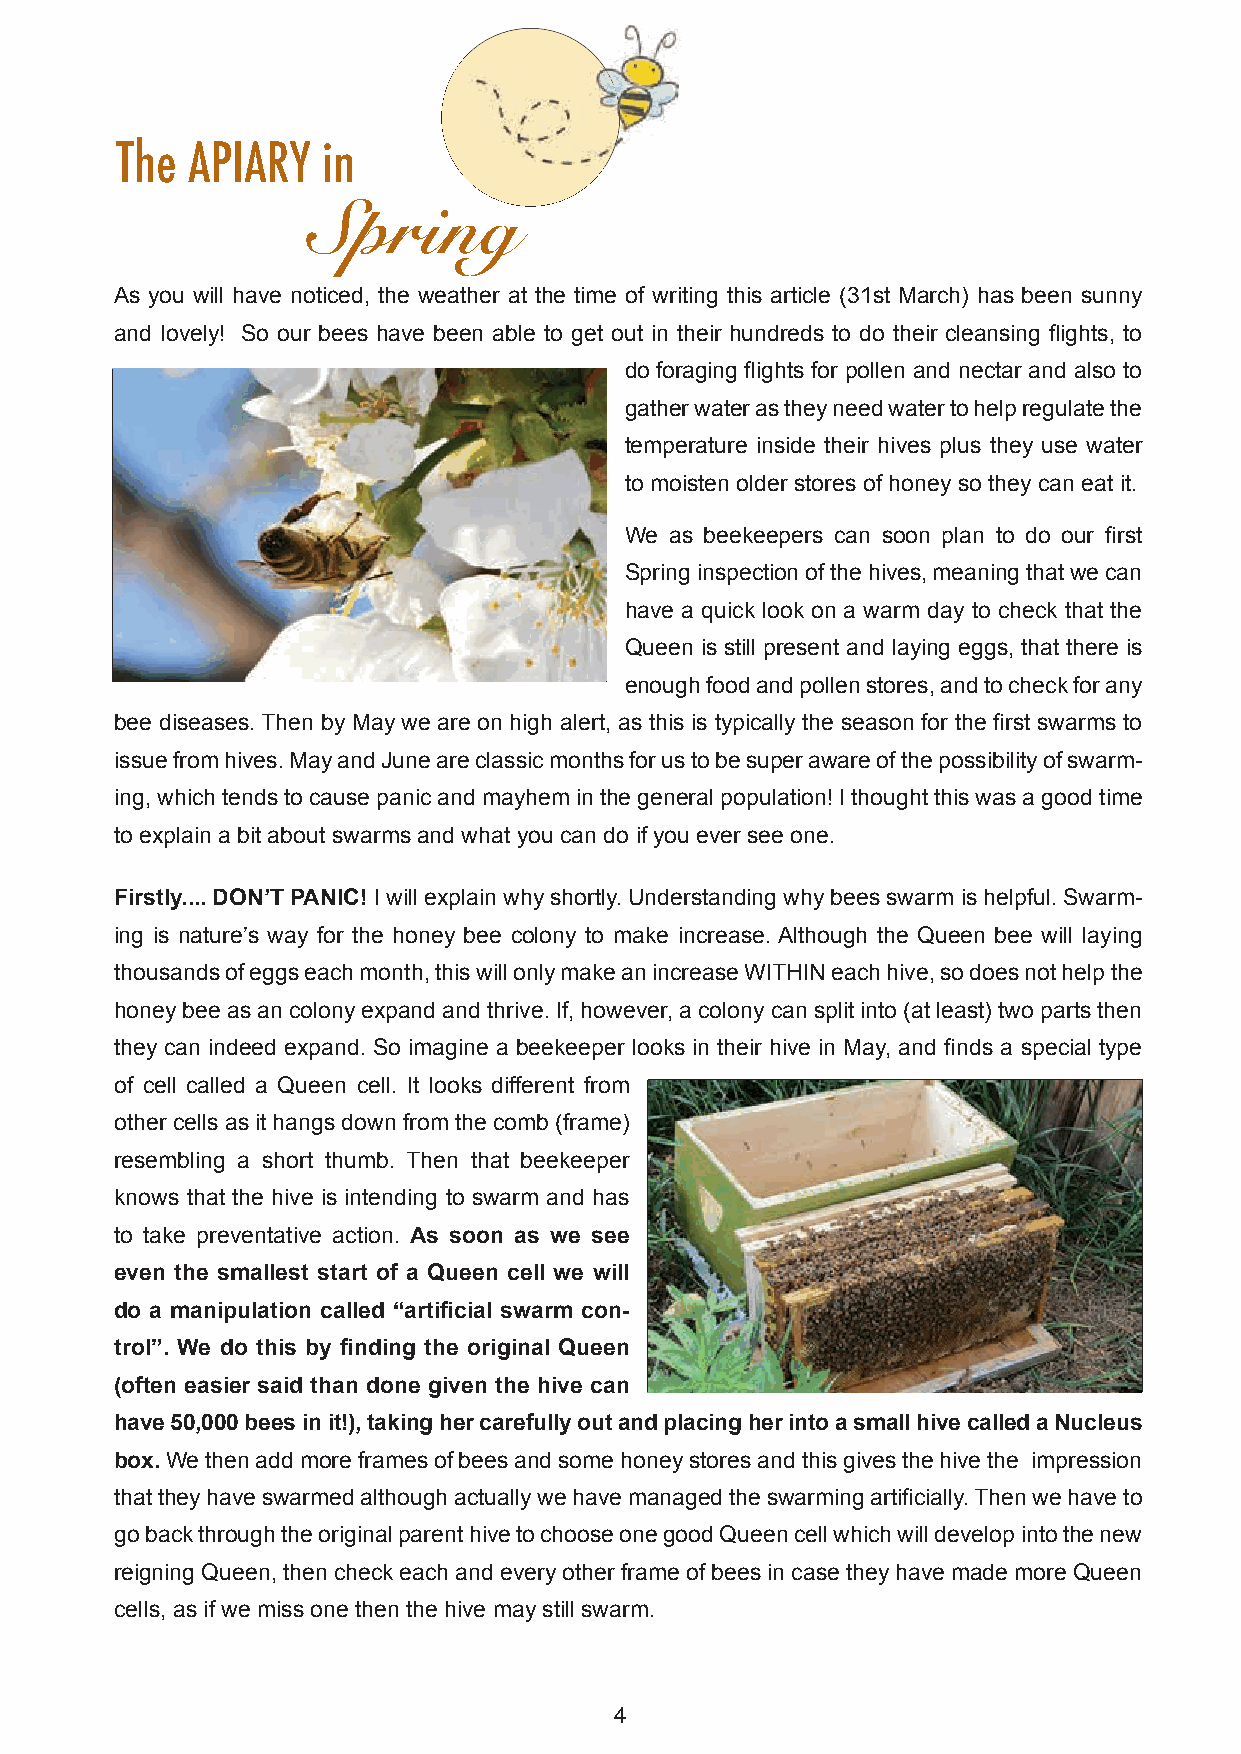
The APIARY   in
 Spring
 As you will have noticed, the weather at the time of writing this article (31st March) has been sunny
 and lovely! So our bees have been able to get out in their hundreds to do their cleansing fl ights, to
 do foraging fl ights for pollen and nectar and also to
 gather water as they need water to help regulate the
 temperature inside their hives plus they use water
 to moisten older stores of honey so they can eat it.
 We as beekeepers can soon plan to do our fi rst
 Spring inspection of the hives, meaning that we can
 have a quick look on a warm day to check that the
 Queen is still present and laying eggs, that there is
 enough food and pollen stores, and to check for any
 bee diseases. Then by May we are on high alert, as this is typically the season for the fi rst swarms to
 issue from hives. May and June are classic months for us to be super aware of the possibility of swarm-
 ing, which tends to cause panic and mayhem in the general population! I thought this was a good time
 to explain a bit about swarms and what you can do if you ever see one.
 Firstly.... DON’T PANIC! I will explain why shortly. Understanding why bees swarm is helpful. Swarm-
 ing is nature’s way for the honey bee colony to make increase. Although the Queen bee will laying
 thousands of eggs each month, this will only make an increase WITHIN each hive, so does not help the
 honey bee as an colony expand and thrive. If, however, a colony can split into (at least) two parts then
 they can indeed expand. So imagine a beekeeper looks in their hive in May, and fi nds a special type
 of cell called a Queen cell. It looks different from
 other cells as it hangs down from the comb (frame)
 resembling a short thumb. Then that beekeeper
 knows that the hive is intending to swarm and has
 to take preventative action. As soon as we see
 even the smallest start of a Queen cell we will
 do a manipulation called “artifi cial swarm con-
 trol”. We do this by fi nding the original Queen
 (often easier said than done given the hive can
 have 50,000 bees in it!), taking her carefully out and placing her into a small hive called a Nucleus
 box. We then add more frames of bees and some honey stores and this gives the hive the impression
 that they have swarmed although actually we have managed the swarming artifi cially. Then we have to
 go back through the original parent hive to choose one good Queen cell which will develop into the new
 reigning Queen, then check each and every other frame of bees in case they have made more Queen
 cells, as if we miss one then the hive may still swarm.
 4